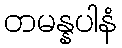
တမန္နပါနံ